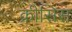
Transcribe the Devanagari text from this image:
क्रीसिस